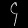
Digit: ၄